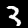
Digit: 3